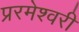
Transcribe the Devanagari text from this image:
प्ररमेश्वरी